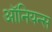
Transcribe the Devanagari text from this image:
ऑनियन्स